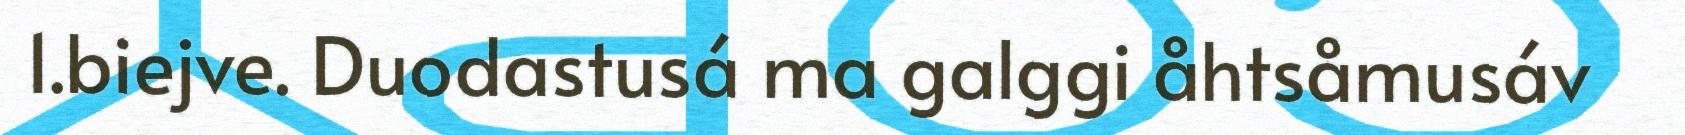
1.biejve. Duodastusá ma galggi åhtsåmusáv